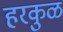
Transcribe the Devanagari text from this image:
हरकुळ